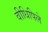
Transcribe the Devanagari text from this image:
वीधिपिले